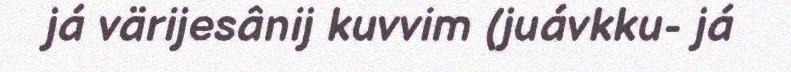
já värijesânij kuvvim (juávkku- já